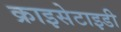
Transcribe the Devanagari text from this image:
क्राइसेटाइडी